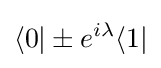
\langle 0|\pm e^{i\lambda }\langle 1|